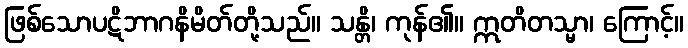
ဖြစ်သောပဋိဘာဂနိမိတ်တို့သည်။ သန္တိ၊ ကုန်၏။ ဣတိတသ္မာ၊ ကြောင့်။